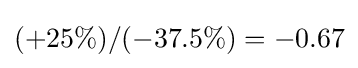
(+25\%)/(-37.5\%)=-0.67